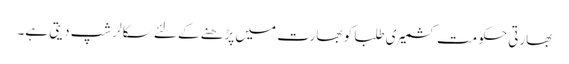
بھارتی حکومت کشمیری طلبا کو بھارت میں پڑھنے کے لئے سکالر شپ دیتی ہے۔